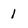
Character: 1